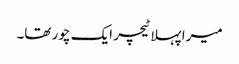
میرا پہلا ٹیچر ایک چور تھا۔